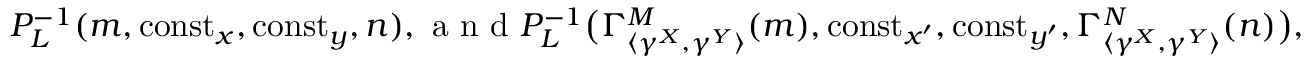
P _ { L } ^ { - 1 } ( m , { \mathrm { c o n s t } } _ { x } , { \mathrm { c o n s t } } _ { y } , n ) , \textrm { a n d } P _ { L } ^ { - 1 } \big ( \Gamma _ { { \langle \gamma ^ { X } , \gamma ^ { Y } \rangle } } ^ { M } ( m ) , { \mathrm { c o n s t } } _ { x ^ { \prime } } , { \mathrm { c o n s t } } _ { y ^ { \prime } } , \Gamma _ { { \langle \gamma ^ { X } , \gamma ^ { Y } \rangle } } ^ { N } ( n ) \big ) ,